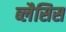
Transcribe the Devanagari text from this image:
ब्लैसिस